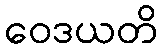
ဝေဒယတိ